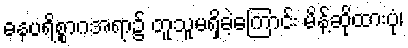
ဓနပရိစ္စာဂအရာ၌ တူသူမရှိခဲ့ကြောင်း မိန့်ဆိုထားပုံ၊